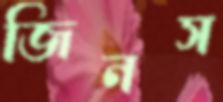
জিনস